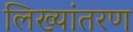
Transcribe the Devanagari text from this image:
लिख्यांतरण